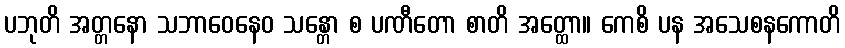
ပဘုတိ အတ္တနော သဘာဝေနေဝ သန္တော စ ပဏီတော စာတိ အတ္ထော။ ကေစိ ပန အသေစနကောတိ